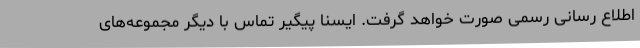
اطلاع رسانی رسمی صورت خواهد گرفت. ایسنا پیگیر تماس با دیگر مجموعه‌های